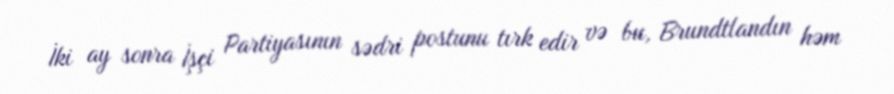
İki ay sonra İşçi Partiyasının sədri postunu tırk edir və bu, Brundtlandın həm